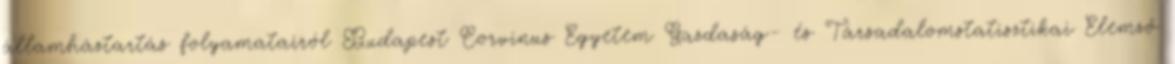
államháztartás folyamatairól Budapest Corvinus Egyetem Gazdaság- és Társadalomstatisztikai Elemző